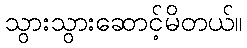
သွားသွားဆောင့်မိတယ်။